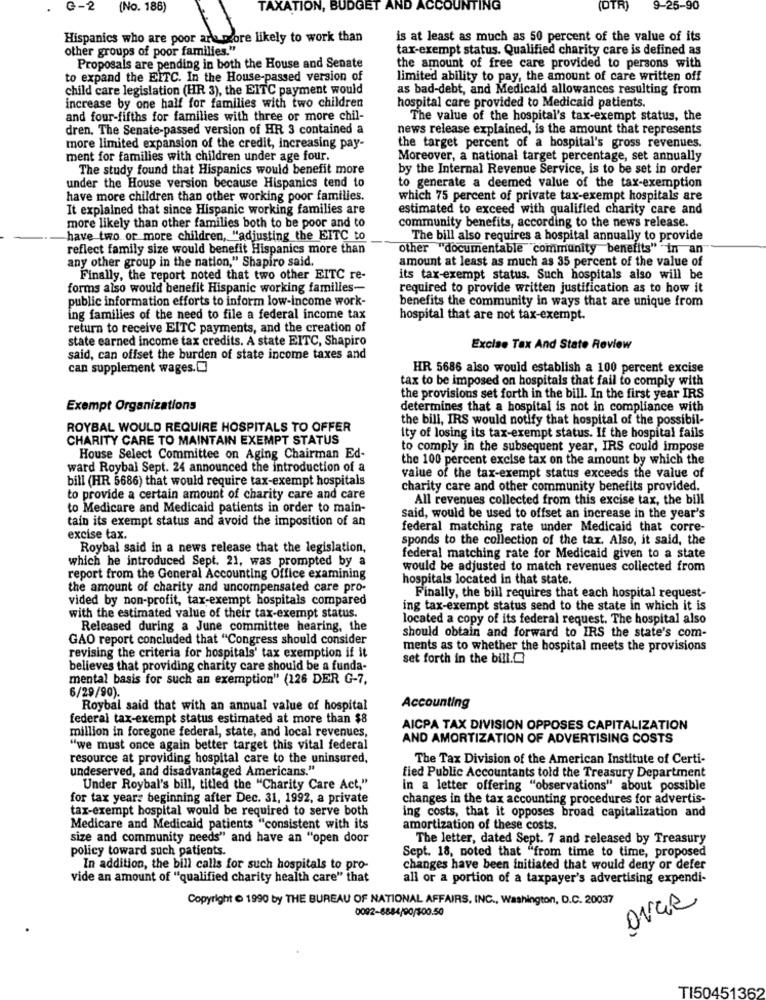
G-2
(No. 186)
TAXATION, BUDGET
ING
(DTR)
9-25-90
Hispanics who are poor are more likely to work than
is at least as much as 50 percent of the value of its
other groups of poor families."
tax-exempt status. Qualified charity care is defined as
Proposals are pending in both the House and Senate
the amount of free care provided to persons with
to expand the EITC. In the House-passed version of
limited ability to pay, the amount of care written off
child care legislation (HR 3), the EITC payment would
as bad-debt, and Medicald allowances resulting from
increase by one half for families with two children
hospital care provided to Medicaid patients.
and four-fifths for families with three or more chil-
The value of the hospital's tax-exempt status, the
dren. The Senate-passed version of HR 3 contained a
news release explained, is the amount that represents
more limited expansion of the credit, increasing pay-
the target percent of a hospital's gross revenues.
ment for families with children under age four.
Moreover, a national target percentage, set annually
The study found that Hispanics would benefit more
by the Internal Revenue Service, is to be set in order
under the House version because Hispanics tend to
to generate a deemed value of the tax-exemption
have more children than other working poor families.
which 75 percent of private tax-exempt hospitals are
It explained that since Hispanic working families are
estimated to exceed with qualified charity care and
more likely than other families both to be poor and to
community benefits, according to the news release.
have two or more children, "adjusting the EITC to
The bill also requires a hospital annually to provide
reflect family size would benefit Hispanics more than
other "documentable community benefits" in an
any other group in the nation," Shapiro said.
amount at least as much as 35 percent of the value of
Finally, the report noted that two other EITC re-
its tax-exempt status. Such hospitals also will be
forms also would benefit Hispanic working familles-
required to provide written justification as to how it
public information efforts to inform low-income work-
benefits the community in ways that are unique from
ing families of the need to file a federal income tax
hospital that are not tax-exempt.
return to receive EITC payments, and the creation of
state earned income tax credits. A state EITC, Shapiro
Excise Tax And State Review
said, can offset the burden of state income taxes and
can supplement wages.[
HR 5686 also would establish a 100 percent excise
tax to be imposed on hospitals that fail to comply with
the provisions set forth in the bill. In the first year IRS
Exempt Organizations
determines that a hospital is not in compliance with
the bill, IRS would notify that hospital of the possibil-
ROYBAL WOULD REQUIRE HOSPITALS TO OFFER
CHARITY CARE TO MAINTAIN EXEMPT STATUS
Ity of losing its tax-exempt status. If the hospital fails
to comply in the subsequent year, IRS could impose
House Select Committee on Aging Chairman Ed-
the 100 percent excise tax on the amount by which the
ward Roybal Sept. 24 announced the introduction of a
bill (HR 5686) that would require tax-exempt hospitals
value of the tax-exempt status exceeds the value of
charity care and other community benefits provided.
to provide a certain amount of charity care and care
All revenues collected from this excise tax, the bill
to Medicare and Medicaid patients in order to main-
tain its exempt status and avoid the imposition of an
Said, would be used to offset an increase in the year's
federal matching rate under Medicaid that corre-
excise tax.
sponds to the collection of the tax, Also, it said, the
Roybal said in a news release that the legislation,
which he introduced Sept. 21, was prompted by a
federal matching rate for Medicaid given to a state
would be adjusted to match revenues collected from
report from the General Accounting Office examining
hospitals located in that state.
the amount of charity and uncompensated care pro-
vided by non-profit, tax-exempt hospitals compared
Finally, the bill requires that each hospital request-
ing tax-exempt status send to the state in which it is
with the estimated value of their tax-exempt status.
located a copy of its federal request. The hospital also
Released during a June committee hearing, the
GAO report concluded that "Congress should consider
should obtain and forward to IRS the state's com-
ments as to whether the hospital meets the provisions
revising the criteria for hospitals' tax exemption if it
set forth in the bill.[
believes that providing charity care should be a funda-
mental basis for such an exemption" (126 DER G-7,
6/29/90).
Roybal said that with an annual value of hospital
Accounting
federal tax-exempt status estimated at more than $8
million in foregone federal, state, and local revenues,
AICPA TAX DIVISION OPPOSES CAPITALIZATION
AND AMORTIZATION OF ADVERTISING COSTS
"we must once again better target this vital federal
resource at providing hospital care to the uninsured,
The Tax Division of the American Institute of Certi-
undeserved, and disadvantaged Americans."
fied Public Accountants told the Treasury Department
Under Roybal's bill, titled the "Charity Care Act,"
in a letter offering "observations" about possible
for tax years beginning after Dec. 31, 1992, a private
changes in the tax accounting procedures for advertis-
tax-exempt hospital would be required to serve both
ing costs, that it opposes broad capitalization and
Medicare and Medicaid patients "consistent with its
amortization of these costs.
size and community needs" and have an "open door
The letter, dated Sept. 7 and released by Treasury
policy toward such patients.
Sept. 18, noted that "from time to time, proposed
In addition, the bill calls for such hospitals to pro-
changes have been initiated that would deny or defer
vide an amount of "qualified charity health care" that
all or a portion of a taxpayer's advertising expendi-
Copyright @ 1990 by THE BUREAU OF NATIONAL AFFAIRS, INC ., Washington, D.C. 20037
0092-6884/90/500.50
TI50451362